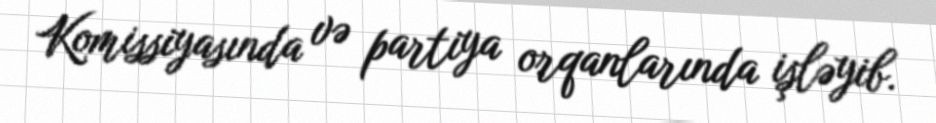
Komissiyasında və partiya orqanlarında işləyib.